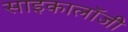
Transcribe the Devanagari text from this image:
साइकालॉजी